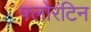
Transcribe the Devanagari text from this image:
फ्लोरंटिन